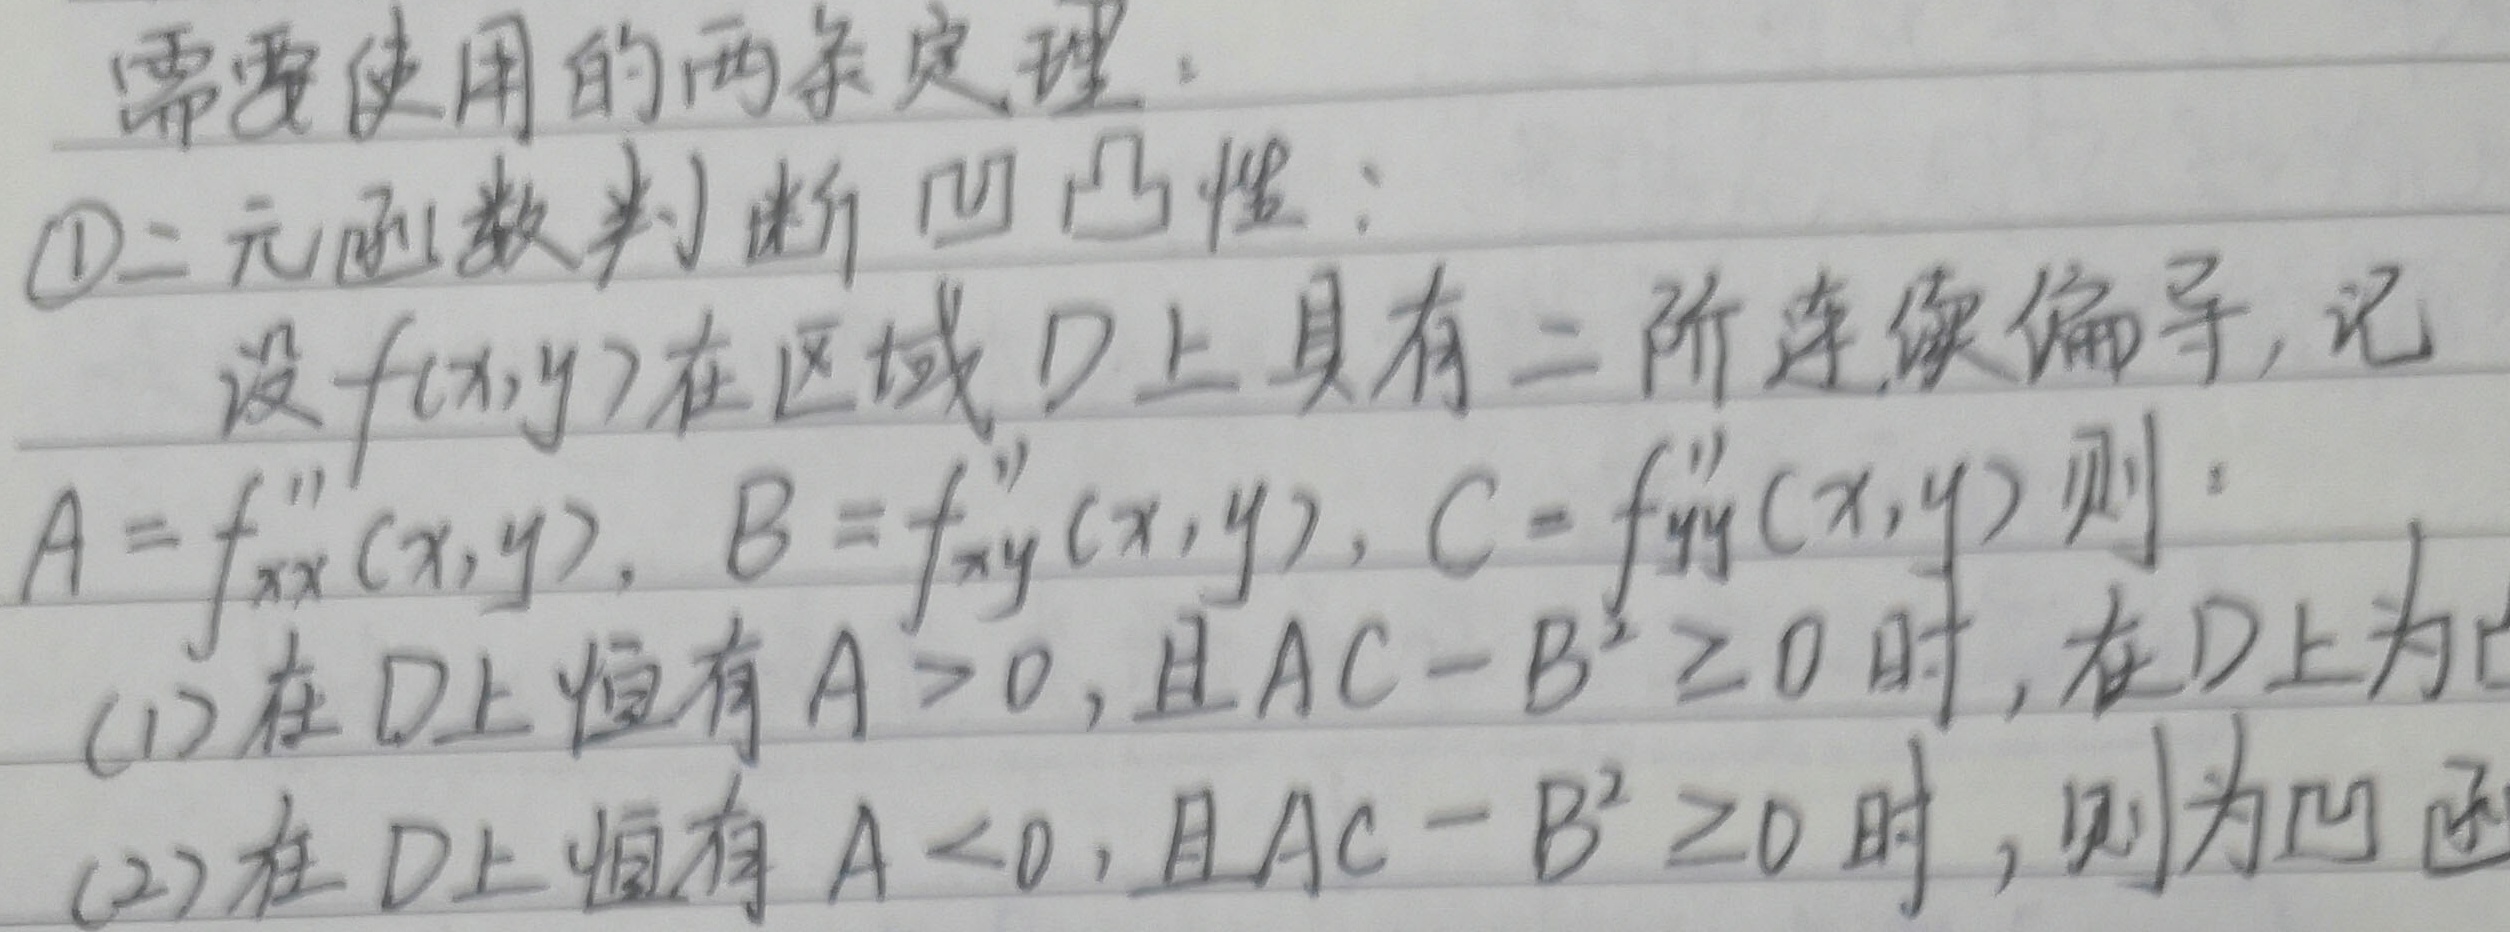
需要使用的两条定理：
\textcircled{1}二元函数判断凹凸性：设\(f(x,y)\)在区域\(D\)上具有二阶连续偏导，记\(A = f_{xx}''(x,y)\)，\(B = f_{xy}''(x,y)\)，\(C = f_{yy}''(x,y)\)，则：
(1) 在\(D\)上恒有\(A>0\)，且\(AC - B^{2}\geq0\)时，\(f(x,y)\)在\(D\)上为凸函数；
(2) 在\(D\)上恒有\(A<0\)，且\(AC - B^{2}\geq0\)时，则\(f(x,y)\)为凹函数。